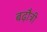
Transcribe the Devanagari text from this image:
बढ़ौत्री